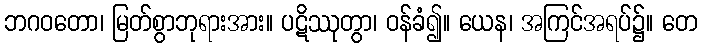
ဘဂဝတော၊ မြတ်စွာဘုရားအား။ ပဋိဿုတွာ၊ ဝန်ခံ၍။ ယေန၊ အကြင်အရပ်၌။ တေ